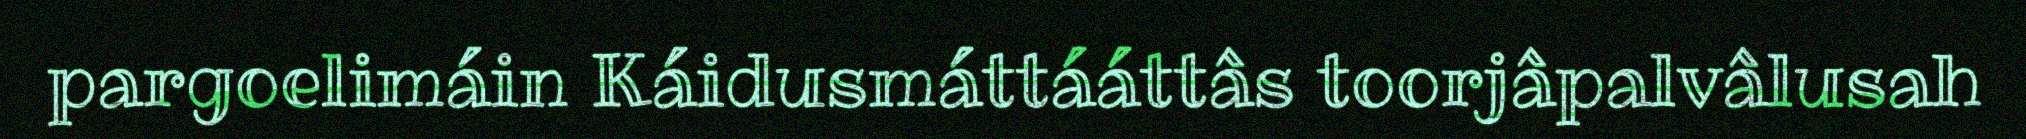
pargoelimáin Káidusmáttááttâs toorjâpalvâlusah